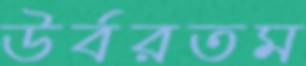
উর্বরতম